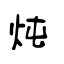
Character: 炖